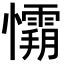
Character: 𭟘